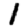
Digit: 1